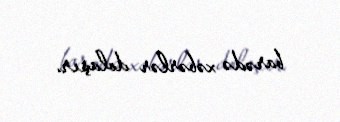
barədə xəbərlər dolaşır.